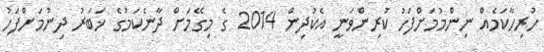
ހުރިހާކަމެއް ނިންމުމަށްފަހު ކުރިންވަނީ އެކުދިން 2014 ގެ މިގޭމަށް ދާނެކަމުގެ ޚަބަރު ދިނުމަށްފަހު